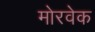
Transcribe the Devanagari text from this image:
मोरवेक